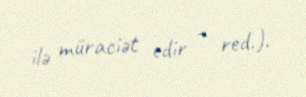
ilə müraciət edir - red.).